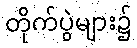
တိုက်ပွဲများ၌